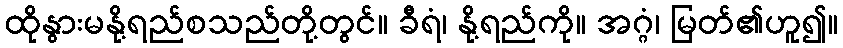
ထိုနွားမနို့ရည်စသည်တို့တွင်။ ခီရံ၊ နို့ရည်ကို။ အဂ္ဂံ၊ မြတ်၏ဟူ၍။